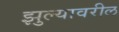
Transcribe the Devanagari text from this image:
झुल्यावरील